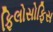
ફિલોસોફિસ